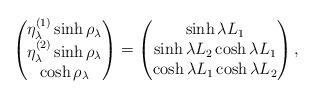
LaTeX: \begin{align*}\begin{pmatrix} \eta_{\lambda}^{(1)} \sinh \rho_{\lambda} \\ \eta_{\lambda}^{(2)} \sinh \rho_{\lambda} \\ \cosh \rho_{\lambda} \end{pmatrix} = \begin{pmatrix} \sinh \lambda L_{1} \\ \sinh \lambda L_{2} \cosh \lambda L_{1} \\ \cosh \lambda L_{1} \cosh \lambda L_{2} \end{pmatrix}, \end{align*}